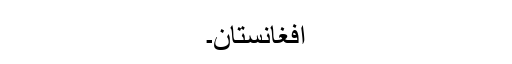
افغانستان۔